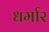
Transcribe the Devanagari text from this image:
धर्मार